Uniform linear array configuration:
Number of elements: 48
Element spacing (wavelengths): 0.75
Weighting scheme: hann
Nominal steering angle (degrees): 15
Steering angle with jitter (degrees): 16.53
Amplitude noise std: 0.05
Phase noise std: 0.05

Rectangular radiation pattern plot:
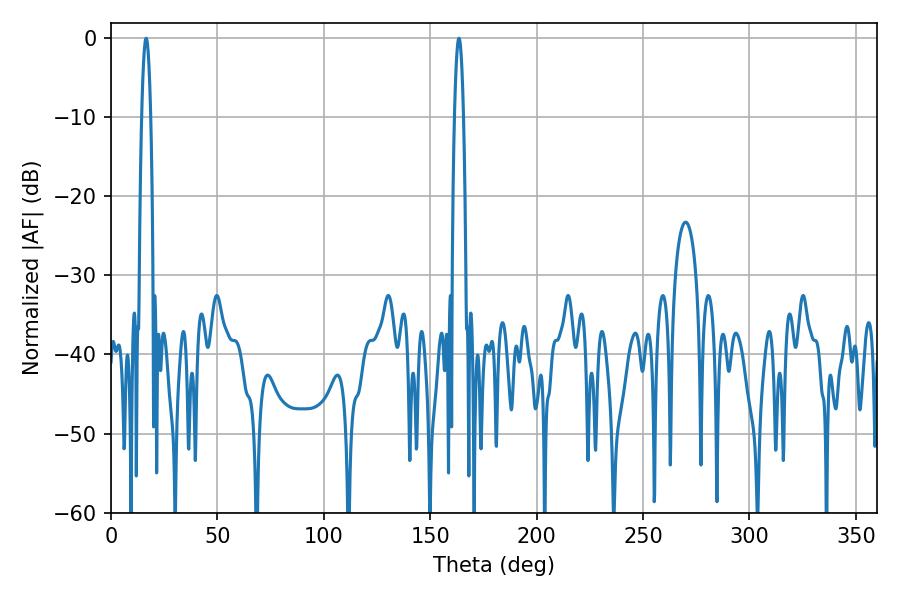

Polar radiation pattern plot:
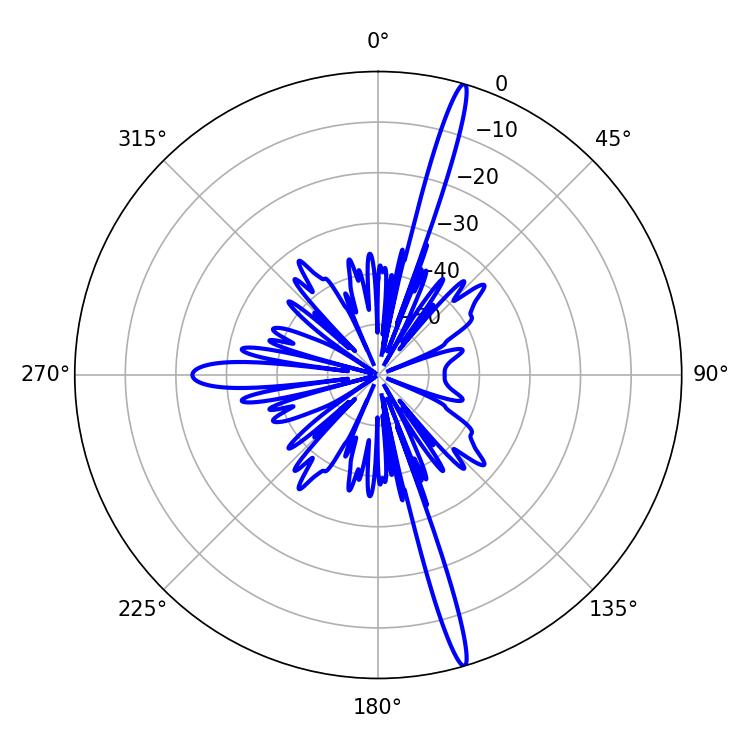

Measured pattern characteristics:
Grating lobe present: TRUE
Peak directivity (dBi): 19.081
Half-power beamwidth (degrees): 2.34
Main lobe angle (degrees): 163.44